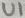
Text: U1